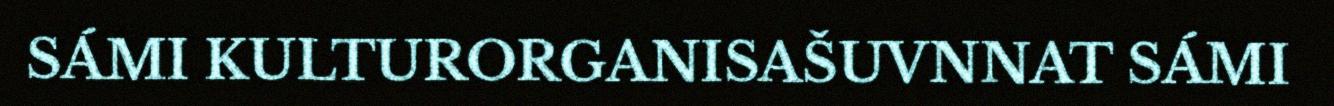
SÁMI KULTURORGANISAŠUVNNAT SÁMI